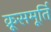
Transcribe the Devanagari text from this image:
क्रूसमूर्ति